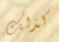
كذلك